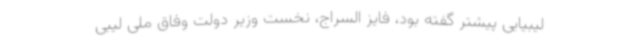
لیبیایی پیشتر گفته بود، فایز السراج، نخست وزیر دولت وفاق ملی لیبی